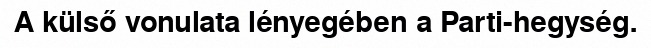
A külső vonulata lényegében a Parti-hegység.